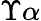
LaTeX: \Upsilon\alpha